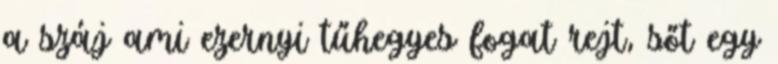
a száj ami ezernyi tűhegyes fogat rejt, sőt egy